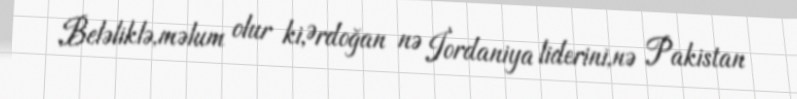
Beləliklə,məlum olur ki,Ərdoğan nə İordaniya liderini,nə Pakistan